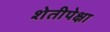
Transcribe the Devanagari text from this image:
शेतीपेक्षा